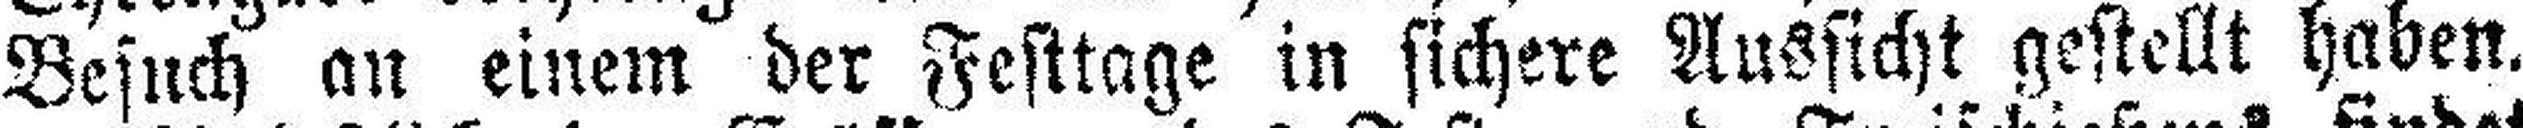
Besuch an einem der Festtage in sichere Aussicht gestellt haben.